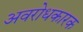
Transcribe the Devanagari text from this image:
अवरोधकारक